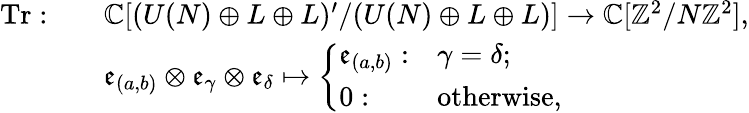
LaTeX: \begin{array}{rl}{\mathrm{Tr}:\quad}&{\mathbb{C}[(U(N)\oplus L\oplus L)^{\prime}/(U(N)\oplus L\oplus L)]\rightarrow\mathbb{C}[\mathbb{Z}^{2}/N\mathbb{Z}^{2}],}\\ &{\mathfrak{e}_{(a,b)}\otimes\mathfrak{e}_{\gamma}\otimes\mathfrak{e}_{\delta}\mapsto\left\{ \begin{array}{ll}{\mathfrak{e}_{(a,b)}:}&{\gamma=\delta;}\\ {0:}&{\mathrm{otherwise},}\end{array}\right.}\end{array}